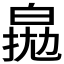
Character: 𤽵